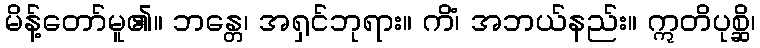
မိန့်တော်မူ၏။ ဘန္တေ၊ အရှင်ဘုရား။ ကိံ၊ အဘယ်နည်း။ ဣတိပုစ္ဆိ၊